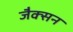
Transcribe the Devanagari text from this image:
जैक्‍सन